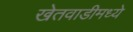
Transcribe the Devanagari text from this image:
खेतवाडीमध्ये